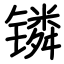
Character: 𬭸